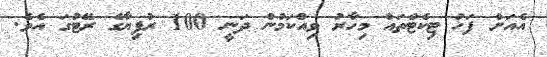
އެއަށް ފަހު ޓިކެޓްތައް މިހާރު ވިއްކަމުން ދަނީ 100 ރުފިޔާގެ ރޭޓުގަ އެވެ.